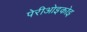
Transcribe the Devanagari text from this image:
पेरीओइकोइ